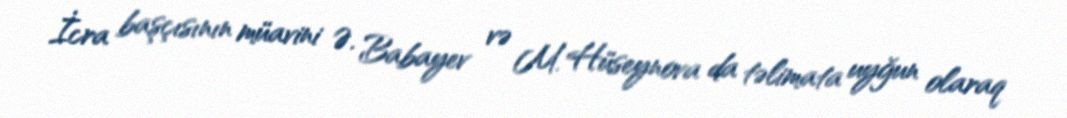
İcra başçısının müavini Ə. Babayev və M. Hüseynova da təlimata uyğun olaraq